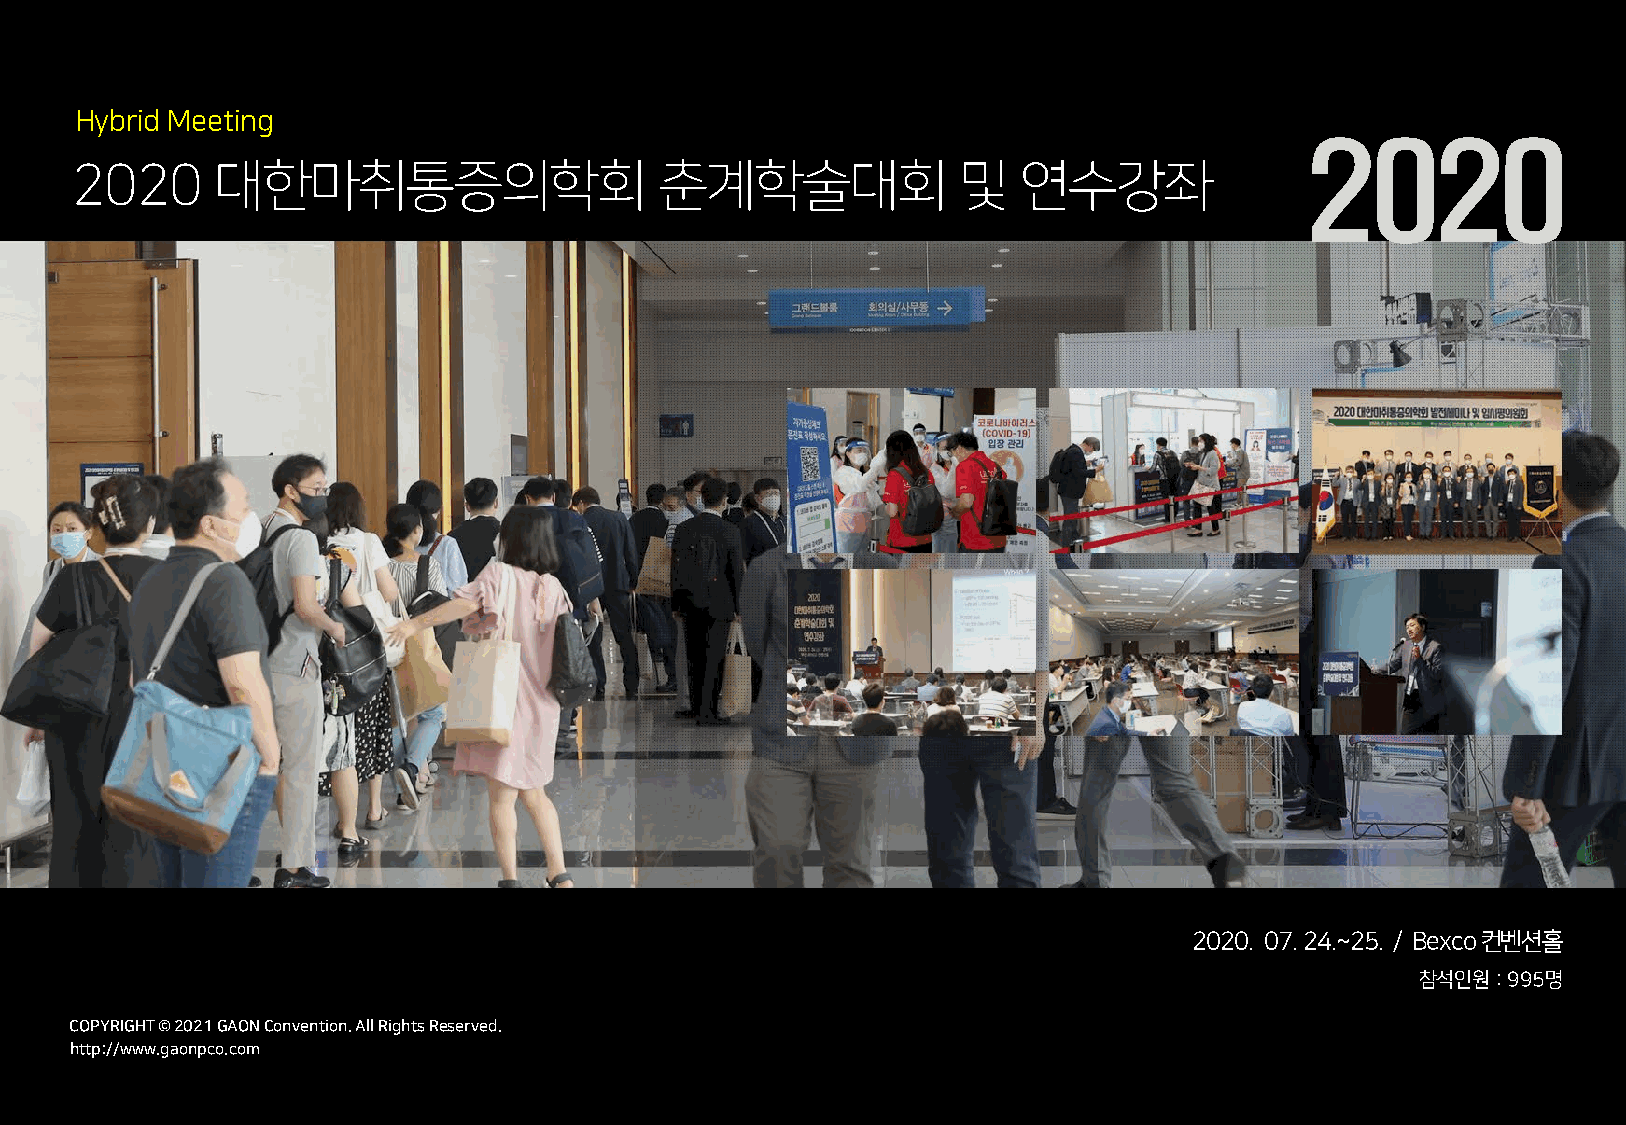
Hybrid Meeting
 2020
 2020     대한마취통증의학회                     춘계학술대회             및    연수강좌
 2020. 07. 24.~25. / Bexco 컨벤션홀
 참석인원: 995명
 COCPOYPRYIRGIHGTH T© © 2 022012 1G AGOANO NCoCnovnevnetniotino.n A. lAl Rll iRgihgthst Rs eRseesrevrevde.d.
 hthttpt:p/://w/wwwww.g.agoanopncpoc.oc.ocmom